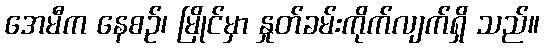
အေမီက နေစဉ်၊ မြိုင်မှာ နှုတ်ခမ်းကိုက်လျက်ရှိ သည်။